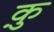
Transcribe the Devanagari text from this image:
कु़